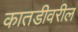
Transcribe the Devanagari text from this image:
कातडीवरील